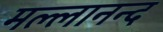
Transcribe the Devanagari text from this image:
मल्लानन्द